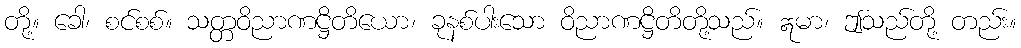
တို့။ ခေါ၊ စင်စစ်။ သတ္တဝိညာဏဋ္ဌိတိယော၊ ခုနစ်ပါးသော ဝိညာဏဋ္ဌိတိတို့သည်။ ဣမာ၊ ဤသည်တို့ တည်း။